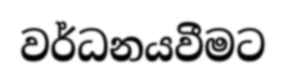
වර්ධනයවීමට